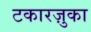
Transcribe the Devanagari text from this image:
टकारज़ुका